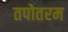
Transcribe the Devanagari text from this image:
तपोतरम